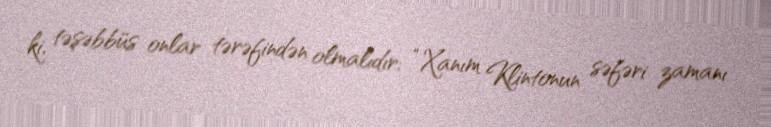
ki, təşəbbüs onlar tərəfindən olmalıdır: “Xanım Klintonun səfəri zamanı